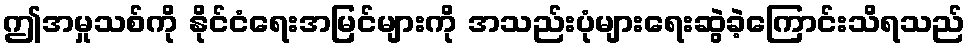
ဤအမှုသစ်ကို နိုင်ငံရေးအမြင်များကို အသည်းပုံများရေးဆွဲခဲ့ကြောင်းသိရသည်